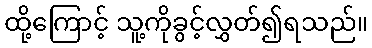
ထို့ကြောင့် သူ့ကိုခွင့်လွှတ်၍ရသည်။